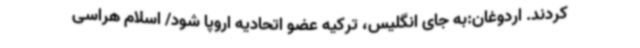
کردند. اردوغان:به جای انگلیس، ترکیه عضو اتحادیه اروپا شود/ اسلام هراسی